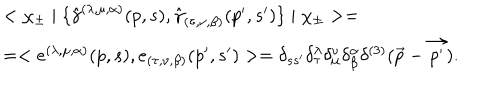
\begin{array} { l } { { < \chi _ { \pm } \mid \{ { \hat { \gamma } } ^ { ( \lambda , \mu , \alpha ) } ( p , s ) , { \hat { \gamma } } _ { ( \tau , \nu , \beta ) } ( p ^ { \prime } , s ^ { \prime } ) \} \mid \chi _ { \pm } > = } } \\ { { = < e ^ { ( \lambda , \mu , \alpha ) } ( p , s ) , e _ { ( \tau , \nu , \beta ) } ( p ^ { \prime } , s ^ { \prime } ) > = \delta _ { s s ^ { \prime } } \delta _ { \tau } ^ { \lambda } \delta _ { \mu } ^ { \nu } \delta _ { \beta } ^ { \alpha } \delta ^ { ( 3 ) } ( \vec { p } - \vec { p ^ { \prime } } ) . } } \\ \end{array}